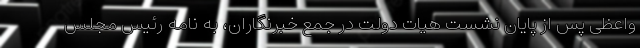
واعظی پس از پایان نشست هیات دولت در جمع خبرنگاران، به نامه رئیس مجلس